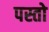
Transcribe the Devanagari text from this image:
पस्तो